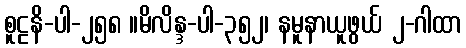
စူဠနိ-ပါ-၂၅၈ ။မိလိန္ဒ-ပါ-၃၅၂၊ နမူနာယူဖွယ် ၂-ဂါထာ